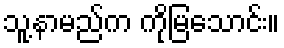
သူ့နာမည်က ကိုမြသောင်း။